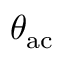
\theta _ { \mathrm { a c } }